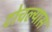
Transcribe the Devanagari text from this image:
टोचल्यास